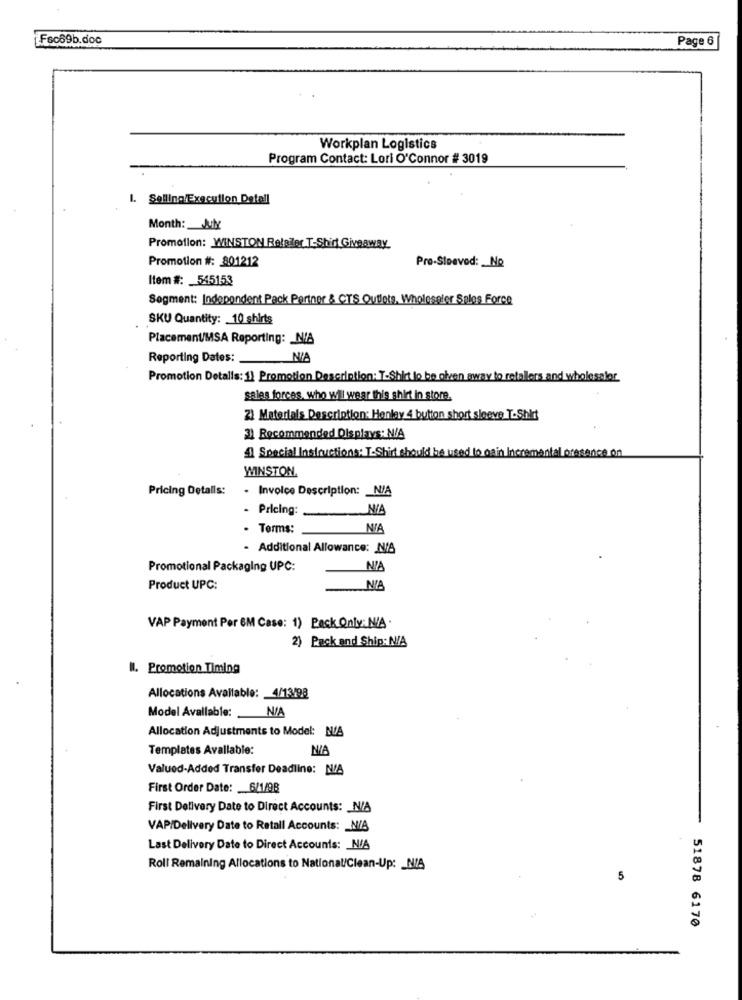
Fsc69b.doc
Page 6
Workplan Logistics
Program Contact: Lori O'Connor # 3019
1. Selling Execution Detall
Month: July
Promotion: WINSTON Relater T-Shirt Giveaway
Pro-Sleeved: _ No
Promotion #: 801212
Item #: _ 545153
Segment: Independent Pack Pertner & CTS Outlets, Wholeseler Sales Force
SKU Quantity: 10 shirts
Placement/MSA Reporting: N/A
Reporting Dates:
Promotion Detalis: 1) Promotion Description: T-Shirt lo be oben away to retallers and wholesaler
salas forcas, who will wear this shirt in store.
2) Materials Description: Henlay 4 button short sleeve T.Shirt
2) Recommended Displays: N/A
1 Special Instructions: T-Shirt should be used to gain Incremental oresance on
WINSTON.
Pricing Details:
. Invoice Description: N/A
- Pricing:
- Terms:
NIA
- Additional Allowance: N/A
Promotional Packaging UPC:
NIA
Product UPC:
VAP Payment Por 6M Case: 1) Pack Only: N/A .
2) Pack and Ship: N/A
W. Promotion Timing
Allocations Available: 4/13/98
Model Avallable: N/A
Allocation Adjustments to Model: N/A
Templates Avallable:
NIA
Valued-Added Transfer Deadline: N/A
First Order Date: 6/1/98
First Delivery Date to Direct Accounts: N/A
VAP/Delivery Date to Retall Accounts: N/S
Last Delivery Date to Direct Accounts: N/A
Roll Remaining Allocations to National/Clean-Up: _ NIA
5
51878 6170